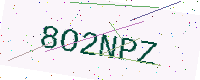
Text: 8O2NPZ